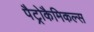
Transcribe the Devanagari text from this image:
पैट्रोकैमिकल्स